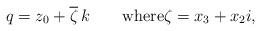
LaTeX: \begin{align*} q=z_0+\overline\zeta\, k \qquad\mbox{where}\zeta=x_3 +x_2 i, \end{align*}